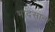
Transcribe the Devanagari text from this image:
भादसाना